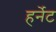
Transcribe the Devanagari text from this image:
हर्नेट